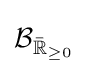
\operatorname {\mathcal {B}} _{{\bar {\mathbb {R} }}_{\geq 0}}